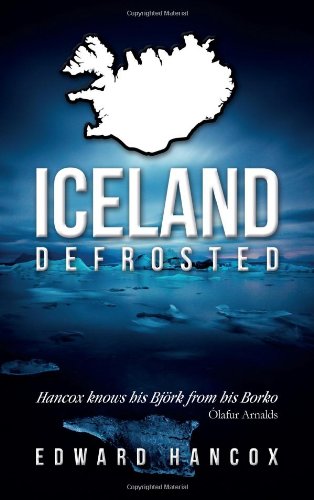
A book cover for Iceland, Defrosted; Edward Hancox; Travel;